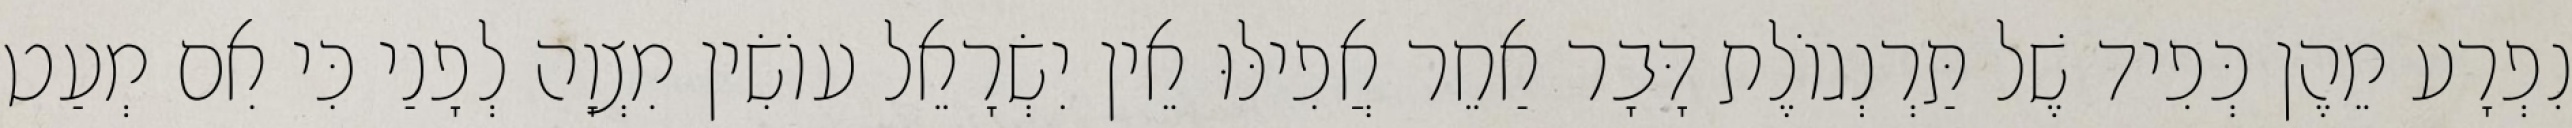
נִפְרָע מֵהֶן כְּפִיד שֶׁל תַּרְנְגוֹלֶת דָּבָר אַחֵר אֲפִילּוּ אֵין יִשְׂרָאֵל עוֹשִׂין מִצְוָה לְפָנַי כִּי אִם מְעַט